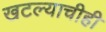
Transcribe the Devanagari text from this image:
खटल्याचीही